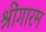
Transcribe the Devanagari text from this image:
श्रींगारम